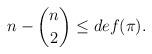
LaTeX: \begin{align*}n-\binom{n}2\leq{def}(\pi).\end{align*}